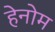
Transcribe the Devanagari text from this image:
हेनोम